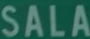
SALA